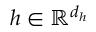
h \in \mathbb { R } ^ { d _ { h } }